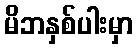
မိဘနှစ်ပါးမှာ